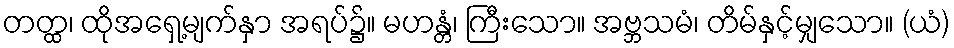
တတ္ထ၊ ထိုအရှေ့မျက်နှာ အရပ်၌။ မဟန္တံ၊ ကြီးသော။ အဗ္ဘသမံ၊ တိမ်နှင့်မျှသော။ (ယံ)